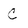
Character: C